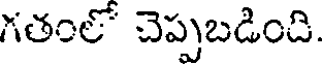
గతంలో చెప్పబడింది.